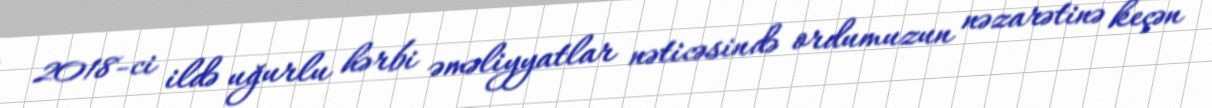
2018-ci ildə uğurlu hərbi əməliyyatlar nəticəsində ordumuzun nəzarətinə keçən